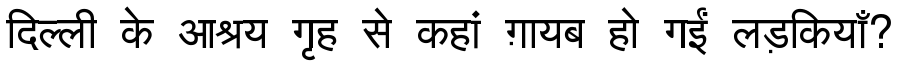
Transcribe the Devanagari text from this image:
दिल्ली के आश्रय गृह से कहां ग़ायब हो गईं लड़कियाँ?